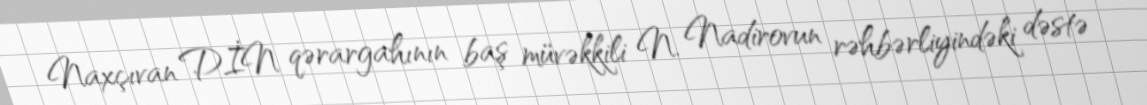
Naxçıvan DİN qərargahının baş müvəkkili N. Nadirovun rəhbərliyindəki dəstə